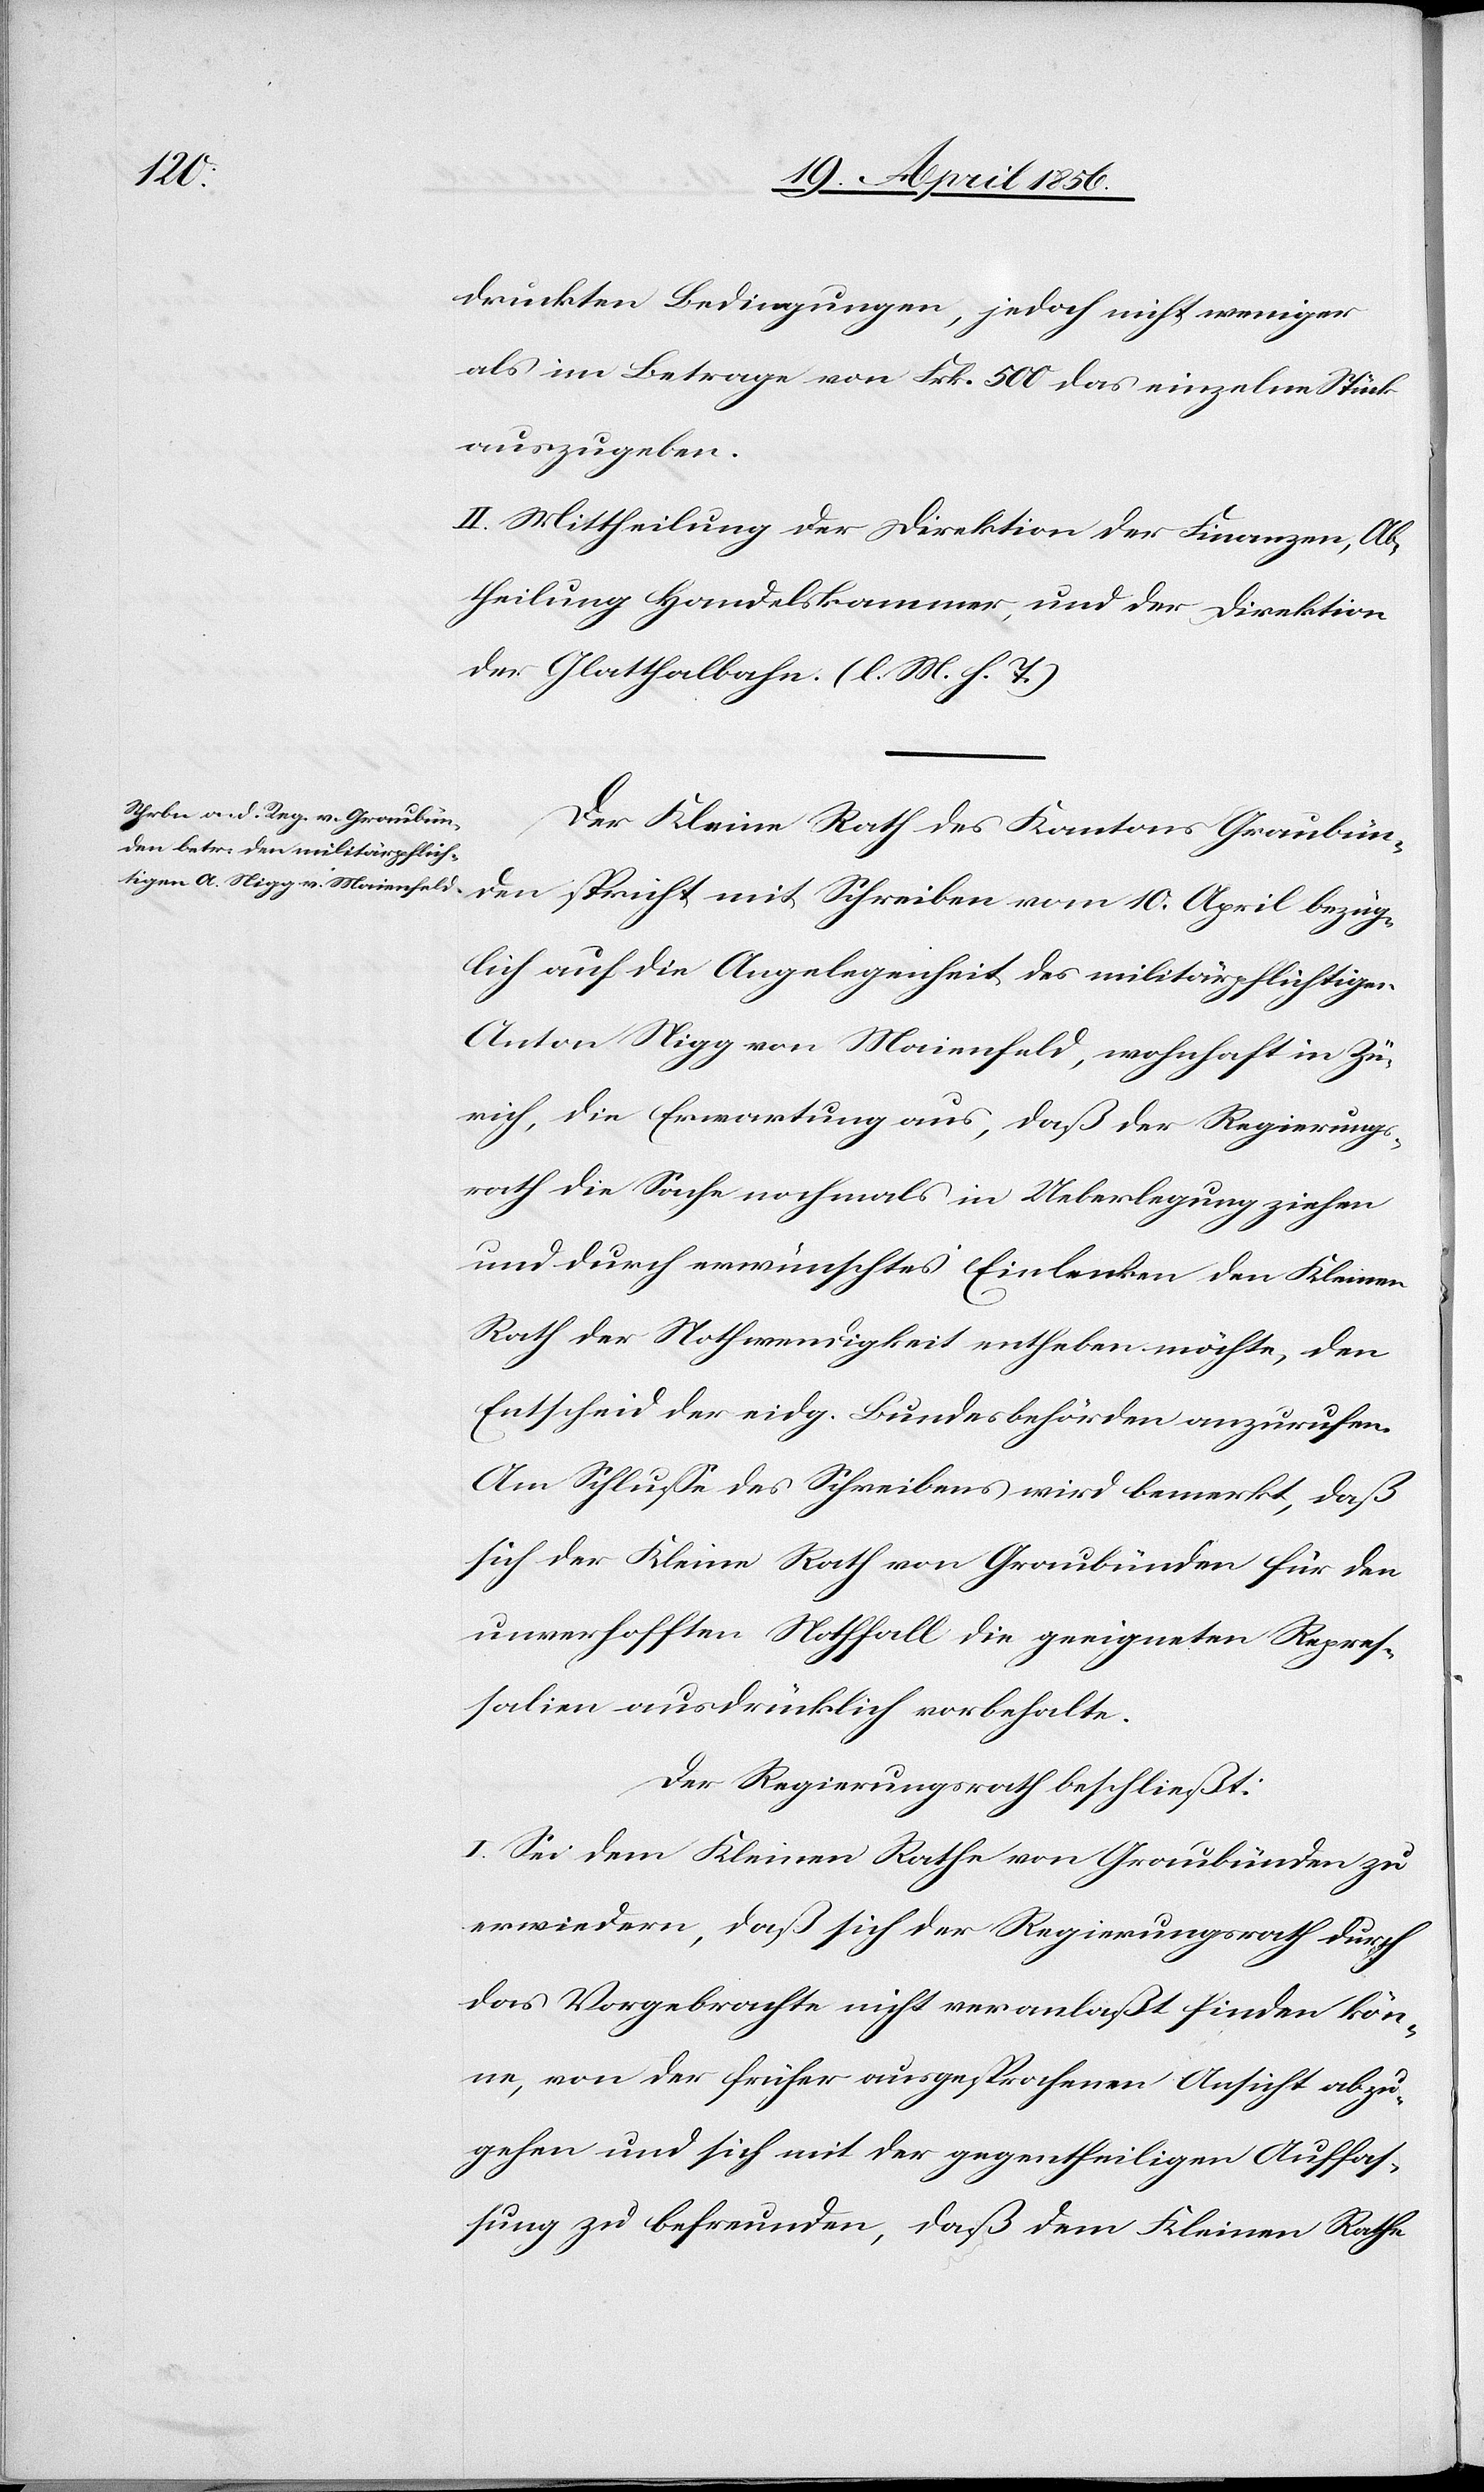
druckten Bedingungen, jedoch nicht weniger
als im Betrage von Frk. 500 das einzelne Stück
auszugeben.
II. Mittheilung der Direktion der Finanzen, Ab¬
theilung Handelskammer, und der Direktion
der Glatthalbahn (l. M. h. T.)
Der Kleine Rath des Kantons Graubün¬
den spricht mit Schreiben vom 10. April bezüg¬
lich auf die Angelegenheit des militärpflichtigen
Anton Nigg von Maienfeld, wohnhaft in Zü¬
rich, die Erwartung aus, daß der Regierungs¬
rath die Sache nochmals in Ueberlegung ziehen
und durch erwünschtes Einlenken den Kleinen
Rath der Nothwendigkeit entheben möchte, den
Entscheid der eidg. Bundesbehörden anzurufen.
Am Schlusse des Schreibens wird bemerkt, daß
sich der Kleine Rath von Graubünden für den
unverhofften Nothfall die geeigneten Repres¬
salien ausdrücklich vorbehalte.
Der Regierungsrath beschließt:
I. Sei dem Kleinen Rathe von Graubünden zu
erwiedern, daß sich der Regierungsrath durch
das Vorgebrachte nicht veranlaßt finden kön¬
ne, von der früher ausgesprochenen Ansicht abzu¬
gehen und sich mit der gegentheiligen Auffas¬
sung zu befreunden, daß dem Kleinen Rathe